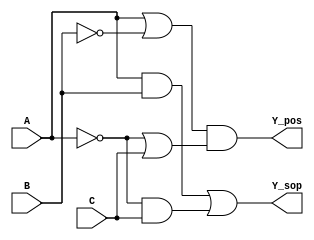
module combinational_logic_block (
    input wire A,
    input wire B,
    input wire C,
    output wire Y_sop, // Output for Sum of Products
    output wire Y_pos  // Output for Product of Sums
);

// Sum of Products (SOP) implementation
assign Y_sop = (A & B) | (~A & C);

// Product of Sums (POS) implementation
assign Y_pos = (A | ~B) & (~A | C);

endmodule